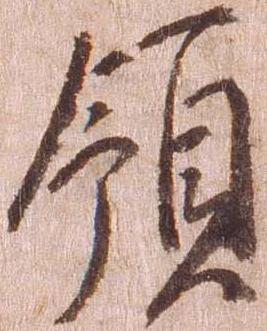
領